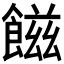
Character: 𩝐